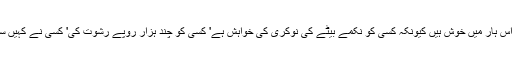
نہ ان کی جیت نئی ہے نہ اپنی ہار نئی' اور ہم اپنی اس ہار میں خوش ہیں کیونکہ کسی کو نکمے بیٹے کی نوکری کی خواہش ہے' کسی کو چند ہزار روپے رشوت کی' کسی نے کہیں سے نلکا چوری کرنا ہے اور کسی نے کسی کا بٹوہ۔